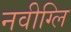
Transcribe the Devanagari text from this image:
नवीग्लि